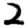
Digit: 2